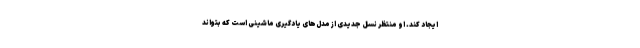
ایجاد کند. او منتظر نسل جدیدی از مدل‌های یادگیری ماشینی است که بتواند